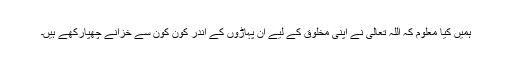
ہمیں کیا معلوم کہ اللہ تعالیٰ نے اپنی مخلوق کے لیے ان پہاڑوں کے اندر کون کون سے خزانے چھپارکھے ہیں۔